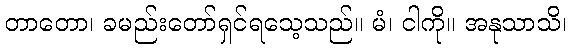
တာတော၊ ခမည်းတော်ရှင်ရသေ့သည်။ မံ၊ ငါကို။ အနုသာသိ၊